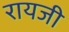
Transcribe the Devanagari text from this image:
रायजी